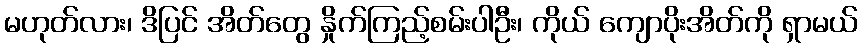
မဟုတ်လား၊ ဒိပြင် အိတ်တွေ နှိုက်ကြည့်စမ်းပါဦး၊ ကိုယ် ကျောပိုးအိတ်ကို ရှာမယ်